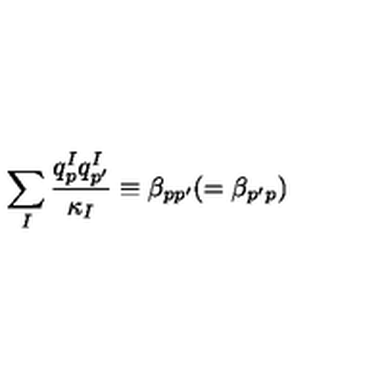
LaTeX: \sum _ { I } \frac { q _ { p } ^ { I } q _ { p ^ { \prime } } ^ { I } } { \kappa _ { I } } \equiv \beta _ { p p ^ { \prime } } ( = \beta _ { p ^ { \prime } p } )